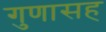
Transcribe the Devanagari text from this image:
गुणासह